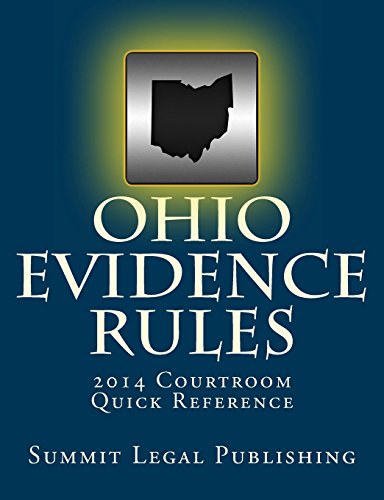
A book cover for Ohio Evidence Rules Courtroom Quick Reference: 2014; Summit Legal Publishing; Law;